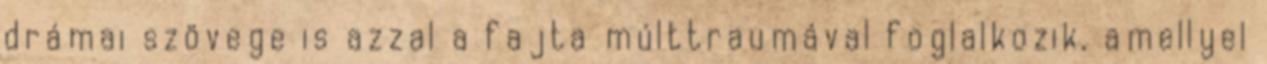
drámai szövege is azzal a fajta múlttraumával foglalkozik, amellyel